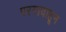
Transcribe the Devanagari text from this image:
परगावाहून